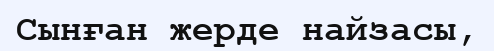
Сынған жерде найзасы,